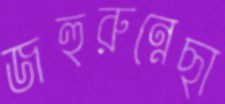
জহুরুন্নেছা